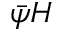
\bar { \psi } H